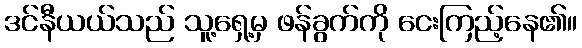
ဒင်နီယယ်သည် သူ့ရှေ့မှ ဖန်ခွက်ကို ငေးကြည့်နေ၏။